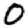
Digit: 0